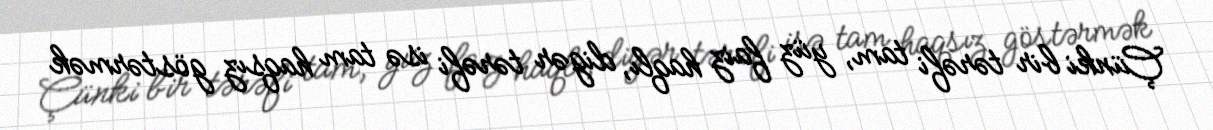
Çünki bir tərəfi tam, yüz faiz haqlı, digər tərəfi isə tam haqsız göstərmək